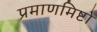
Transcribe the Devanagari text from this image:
प्रमाणमिष्टो